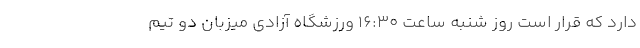
دارد که قرار است روز شنبه ساعت ۱۶:۳۰ ورزشگاه آزادی میزبان دو تیم